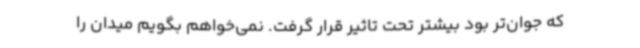
که جوان‌تر بود بیشتر تحت تاثیر قرار گرفت. نمی‌خواهم بگویم میدان را